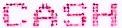
CASH